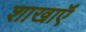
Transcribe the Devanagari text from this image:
शाखाऍं